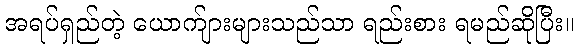
အရပ်ရှည်တဲ့ ယောက်ျားများသည်သာ ရည်းစား ရမည်ဆိုပြီး။